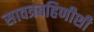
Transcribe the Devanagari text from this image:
सावत्रबहिणीशी